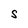
Character: S